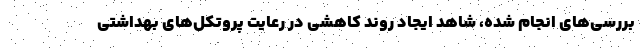
بررسی‌های انجام شده، شاهد ایجاد روند کاهشی در رعایت پروتکل‌های بهداشتی